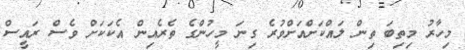
މިހާރު މިތިބަ ތިން ލައްކަށްއަށްވުރެ ގިނަ މީހުންގެ ތެރެއިން އެކަކަށް ވެސް ރައީސް